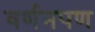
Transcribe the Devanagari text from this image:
वर्णनपण